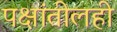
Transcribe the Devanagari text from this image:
पक्षांतीलही